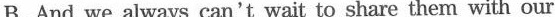
B. And we always can't wait to share them with our